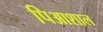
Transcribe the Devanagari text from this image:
पिआशाल